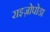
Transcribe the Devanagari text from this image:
राइज़ोपोडा